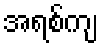
အရစ်ကျ